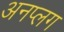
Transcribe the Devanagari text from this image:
अनप्लग